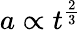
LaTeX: a\propto t^{\frac{2}{3}}